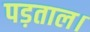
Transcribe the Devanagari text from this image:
पड़ताल।